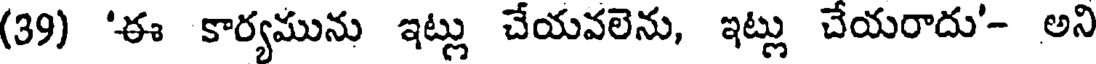
(39) 'ఈ కార్యమును ఇట్లు చేయవలెను, ఇట్లు చేయరాదు'- అని